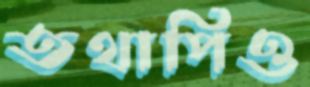
তথাপিও